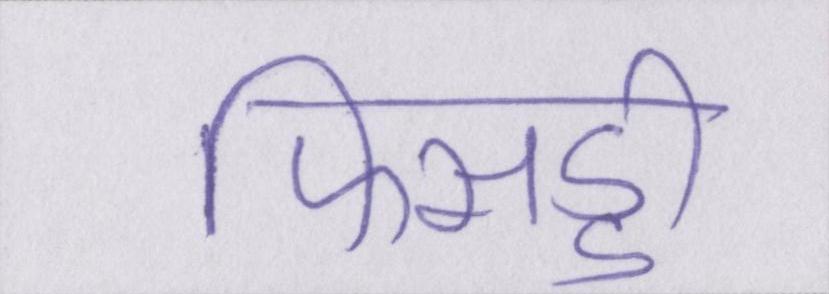
फिसड्डी